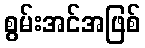
စွမ်းအင်အဖြစ်